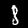
Label: 8